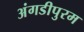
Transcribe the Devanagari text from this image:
अंगडीपुरम